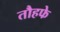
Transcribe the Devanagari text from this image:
तौहफे